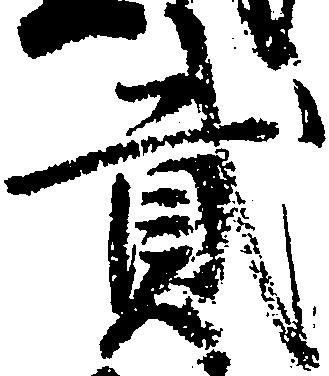
弐